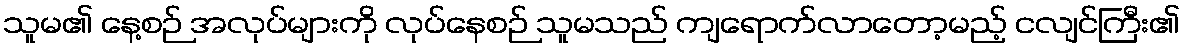
သူမ၏ နေ့စဉ် အလုပ်များကို လုပ်နေစဉ် သူမသည် ကျရောက်လာတော့မည့် ငလျင်ကြီး၏